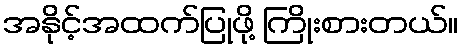
အနိုင့်အထက်ပြုဖို့ ကြိုးစားတယ်။